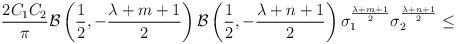
LaTeX: \begin{align*}\frac {2C_1C_2} {\pi}{\cal B}\left(\frac {1} {2},-\frac {\lambda+m+1} {2}\right){\cal B}\left(\frac {1} {2},-\frac {\lambda+n+1} {2}\right){\sigma}_1^{\frac {\lambda+m+1} {2}}{\sigma}_2^{\frac {\lambda+n+1} {2}} \leq\end{align*}